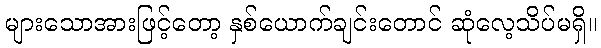
များသောအားဖြင့်တော့ နှစ်ယောက်ချင်းတောင် ဆုံလေ့သိပ်မရှိ။